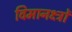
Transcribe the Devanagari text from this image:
विमानक्ष्त्रों